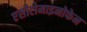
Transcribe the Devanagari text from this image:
एसीटोमाइनोफेन